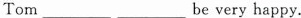
Tom_________ ____________be very happy.